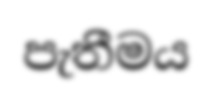
පැතීමය